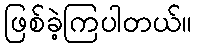
ဖြစ်ခဲ့ကြပါတယ်။